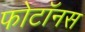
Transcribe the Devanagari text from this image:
फोटॉनस